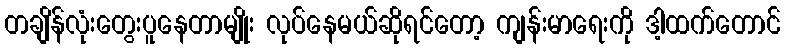
တချိန်လုံးတွေးပူနေတာမျိုး လုပ်နေမယ်ဆိုရင်တော့ ကျန်းမာရေးကို ဒါ့ထက်တောင်